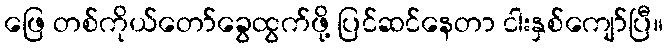
ဖြေ တစ်ကိုယ်တော်ခွေထွက်ဖို့ ပြင်ဆင်နေတာ ငါးနှစ်ကျော်ပြီ။